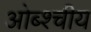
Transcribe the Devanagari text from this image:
ओब्श्चीय